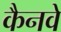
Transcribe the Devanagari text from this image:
कैनवे